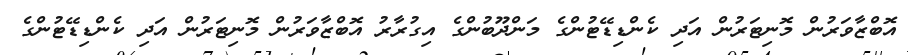
އޮޮބްޒާވަރުން މޮނިޓަރުން އަދި ކެންޑިޑޭޓުންގެ މަންދޫބުންގެ އިގުރާރު އޮޮބްޒާވަރުން މޮނިޓަރުން އަދި ކެންޑިޑޭޓުންގެ